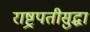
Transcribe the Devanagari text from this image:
राष्ट्रपतीसुद्धा